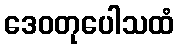
ဒေဝတုပေါသထံ